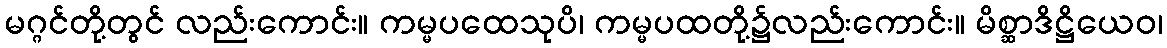
မဂ္ဂင်တို့တွင် လည်းကောင်း။ ကမ္မပထေသုပိ၊ ကမ္မပထတို့၌လည်းကောင်း။ မိစ္ဆာဒိဋ္ဌိယေဝ၊